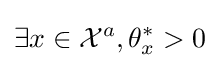
\exists x\in {\mathcal {X}}^{a},\theta _{x}^{*}>0